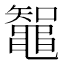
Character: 鼅